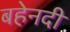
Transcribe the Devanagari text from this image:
बहेनदी